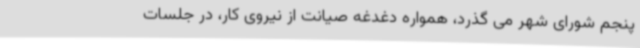
پنجم شورای شهر می گذرد، همواره دغدغه صیانت از نیروی کار، در جلسات